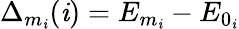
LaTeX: \Delta_{m_{\mathit{i}}}(\mathit{i})=E_{m_{\mathit{i}}}-E_{0_{\mathit{i}}}